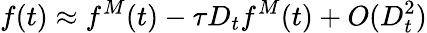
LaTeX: f(t)\approx f^{M}(t)-\tau D_{t}f^{M}(t)+O(D_{t}^{2})